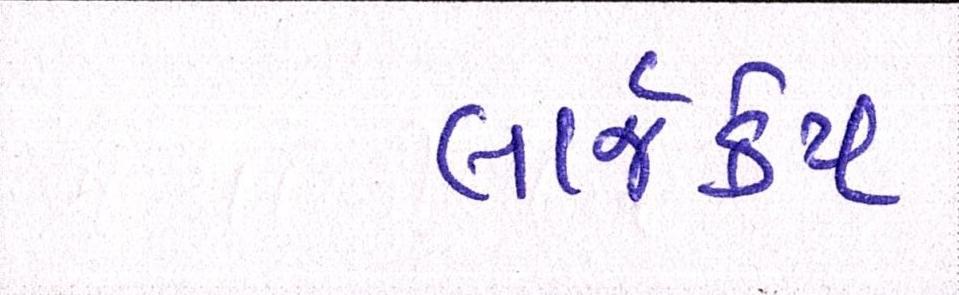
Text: લાર્જકેપ